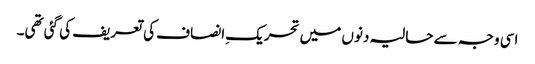
اسی وجہ سے حالیہ دنوں میں تحریکِ انصاف کی تعریف کی گئی تھی۔